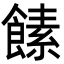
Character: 𩝥